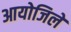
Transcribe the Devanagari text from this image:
आयोजिले